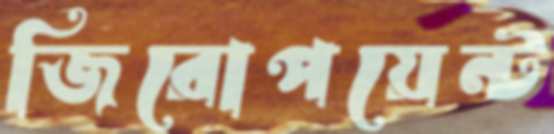
জিরোপয়েন্ট